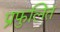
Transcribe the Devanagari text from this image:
प्रफुलित